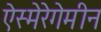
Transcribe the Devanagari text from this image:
ऐस्मेरेगेमीन